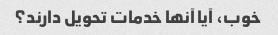
خوب، آیا آنها خدمات تحویل دارند؟